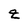
Character: Z